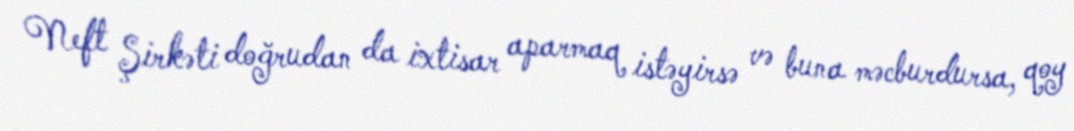
Neft Şirkəti doğrudan da ixtisar aparmaq istəyirsə və buna məcburdursa, qoy